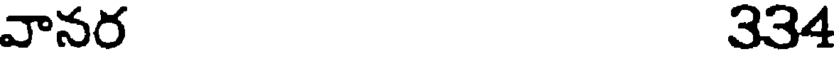
వానర 334